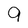
Character: 9